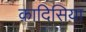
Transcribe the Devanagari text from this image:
क़ादिसिया